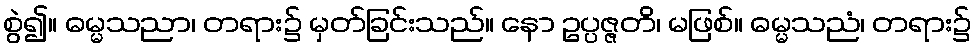
စွဲ၍။ ဓမ္မသညာ၊ တရား၌ မှတ်ခြင်းသည်။ နော ဥပ္ပဇ္ဇတိ၊ မဖြစ်။ ဓမ္မသညံ၊ တရား၌